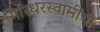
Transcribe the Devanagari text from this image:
गिरिधरस्वामींची